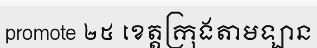
promote ២៥ ខេត្តក្រុងតាមឡាន